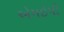
એમઇપી